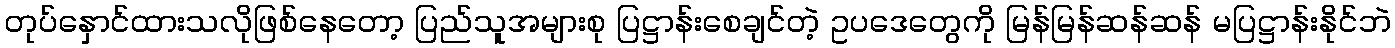
တုပ်နှောင်ထားသလိုဖြစ်နေတော့ ပြည်သူအများစု ပြဋ္ဌာန်းစေချင်တဲ့ ဥပဒေတွေကို မြန်မြန်ဆန်ဆန် မပြဋ္ဌာန်းနိုင်ဘဲ